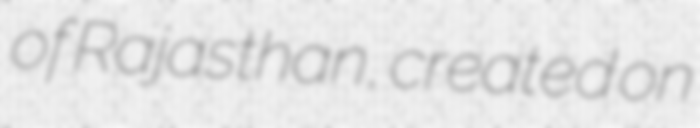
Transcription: of Rajasthan, created on